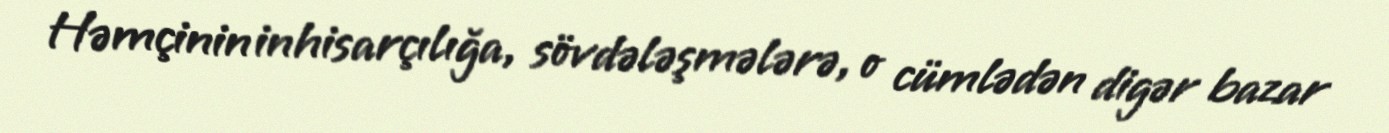
Həmçinin inhisarçılığa, sövdələşmələrə, o cümlədən digər bazar